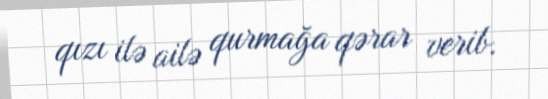
qızı ilə ailə qurmağa qərar verib.